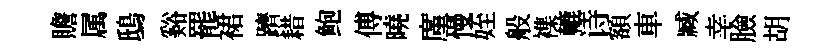
贍属鴟谿罷裙躋耤鲍傅曉廑慢姪般襍轆诗額車臧幸臉胡